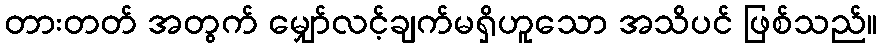
တားတတ် အတွက် မျှော်လင့်ချက်မရှိဟူသော အသိပင် ဖြစ်သည်။